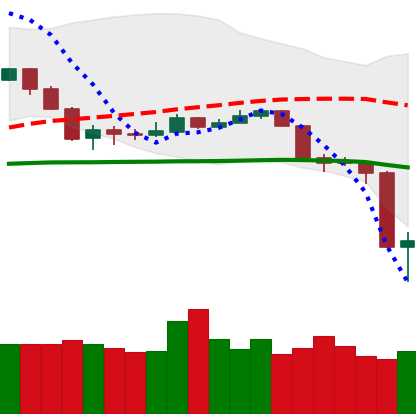
Ticker: NEO-USD
Chart end date: 2020-03-13
Forward return: -10.084%
Label: down_7plus